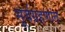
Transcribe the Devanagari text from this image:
सूर्यग्रहणांत